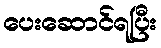
ပေးဆောင်ရပြီး